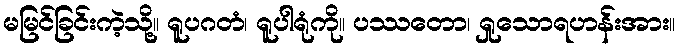
မမြင်ခြင်းကဲ့သို့။ ရူပဂတံ၊ ရူပါရုံကို။ ပဿတော၊ ရှုသောရဟန်းအား။